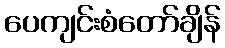
ပေကျင်းစံတော်ချိန်